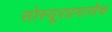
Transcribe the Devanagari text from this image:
सोस्यूरप्रमाणेच